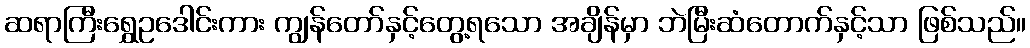
ဆရာကြီးရွှေဥဒေါင်းကား ကျွန်တော်နှင့်တွေ့ရသော အချိန်မှာ ဘဲမြီးဆံတောက်နှင့်သာ ဖြစ်သည်။